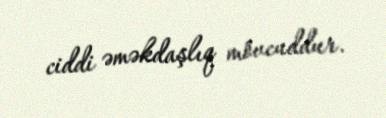
ciddi əməkdaşlıq mövcuddur.